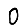
Digit: 0